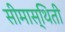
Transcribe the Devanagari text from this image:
सीमास्थिती